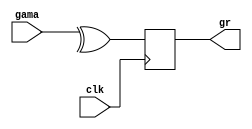
`timescale 1ns / 1ps
//////////////////////////////////////////////////////////////////////////////////
// Company: 
// Engineer: 
// 
// Design Name: 
// Module Name: gama_red
// Project Name: 
// Target Devices: 
// Tool Versions: 
// Description: 
// 
// Dependencies: 
// 
// Revision:
// Revision 0.01 - File Created
// Additional Comments:
// 
//////////////////////////////////////////////////////////////////////////////////


module gama_red(gama,gr,clk);
input signed [15:0] gama;
input clk;
output reg gr;
always @(posedge clk)
    begin
        gr = ^gama;
    end
endmodule